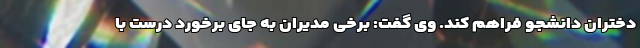
دختران دانشجو فراهم کند. وی گفت: برخی مدیران به جای برخورد درست با